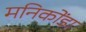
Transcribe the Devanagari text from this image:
मनिकोंडा